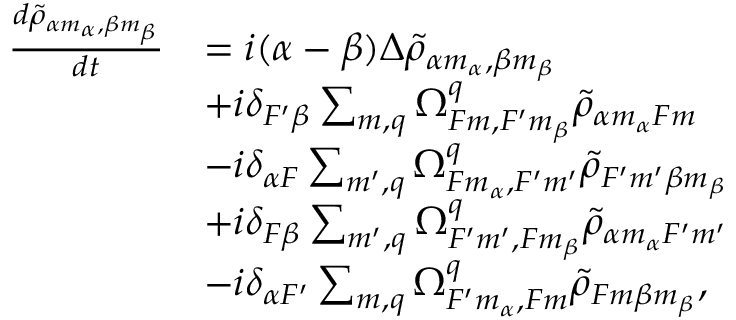
\begin{array} { r l } { \frac { d \tilde { \rho } _ { \alpha m _ { \alpha } , \beta m _ { \beta } } } { d t } } & { = i ( \alpha - \beta ) \Delta \tilde { \rho } _ { \alpha m _ { \alpha } , \beta m _ { \beta } } } \\ & { + i \delta _ { F ^ { \prime } \beta } \sum _ { m , q } \Omega _ { F m , F ^ { \prime } m _ { \beta } } ^ { q } \tilde { \rho } _ { \alpha m _ { \alpha } F m } } \\ & { - i \delta _ { \alpha F } \sum _ { m ^ { \prime } , q } \Omega _ { F m _ { \alpha } , F ^ { \prime } m ^ { \prime } } ^ { q } \tilde { \rho } _ { F ^ { \prime } m ^ { \prime } \beta m _ { \beta } } } \\ & { + i \delta _ { F \beta } \sum _ { m ^ { \prime } , q } \Omega _ { F ^ { \prime } m ^ { \prime } , F m _ { \beta } } ^ { q } \tilde { \rho } _ { \alpha m _ { \alpha } F ^ { \prime } m ^ { \prime } } } \\ & { - i \delta _ { \alpha F ^ { \prime } } \sum _ { m , q } \Omega _ { F ^ { \prime } m _ { \alpha } , F m } ^ { q } \tilde { \rho } _ { F m \beta m _ { \beta } } , } \end{array}